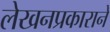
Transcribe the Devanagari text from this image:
लेखनप्रकाराने